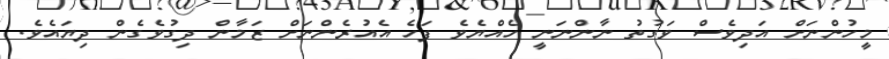
މީހުންނަށް އަދިވެސް ވަގުތު ނާންނަނީ ހެއްޔެވެ ފަހެ އެއުރެންނަށް ޒަމާން ދިގުވެގެން ދިޔައެވެ.